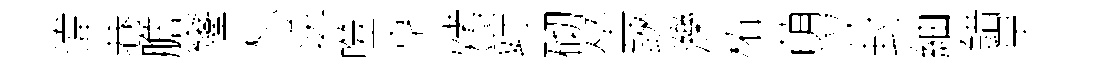
湋巷膽窿枳逆噬享烤竚砌坐鋏濼柘萌汉封紬錯早